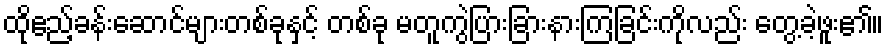
ထိုဧည့်ခန်းဆောင်များတစ်ခုနှင့် တစ်ခု မတူကွဲပြားခြားနားကြခြင်းကိုလည်း တွေ့ခဲ့ဖူး၏။